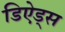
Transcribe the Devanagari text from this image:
डिऐड्स